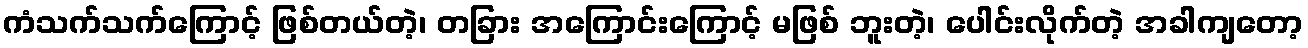
ကံသက်သက်ကြောင့် ဖြစ်တယ်တဲ့၊ တခြား အကြောင်းကြောင့် မဖြစ် ဘူးတဲ့၊ ပေါင်းလိုက်တဲ့ အခါကျတော့